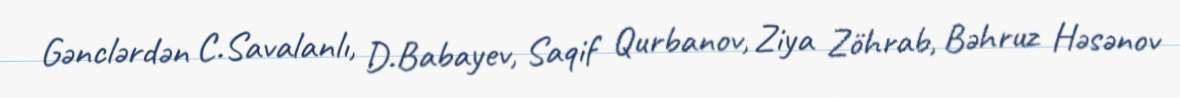
Gənclərdən C.Savalanlı, D.Babayev, Saqif Qurbanov, Ziya Zöhrab, Bəhruz Həsənov